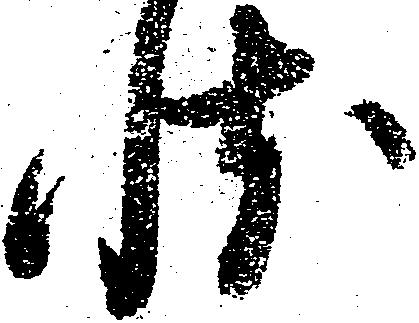
状